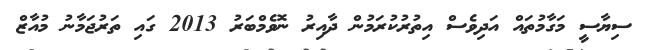
ސިޔާސީ މަގާމުތައް އަދިިވެސް އިތުރުކުރަމުން ދާއިރު ނޮވެމްބަރު 2013 ގައި ތަރުޖަމާނު މުއާޒް